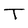
Character: T